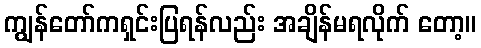
ကျွန်တော်ကရှင်းပြရန်လည်း အချိန်မရလိုက် တော့။